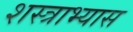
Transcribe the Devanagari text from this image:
शस्त्राभ्यास